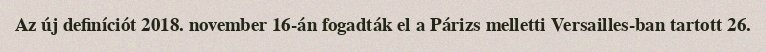
Az új definíciót 2018. november 16-án fogadták el a Párizs melletti Versailles-ban tartott 26.